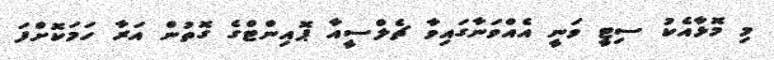
މި މޮޅާއެކު ސިޓީ ވަނީ އެއްވަނާގައިވާ ޗެލްސީއާ ޕޮއިންޓްގެ ގޮތުން އަރާ ހަމަކޮށްފަ